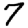
Digit: 7